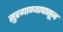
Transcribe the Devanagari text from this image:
सुरगाण्यापासून